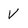
Character: V